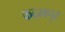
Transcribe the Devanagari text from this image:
कदमपुर